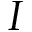
I